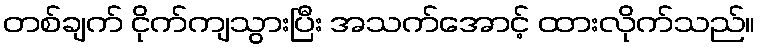
တစ်ချက် ငိုက်ကျသွားပြီး အသက်အောင့် ထားလိုက်သည်။